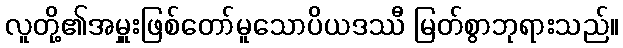
လူတို့၏အမှူးဖြစ်တော်မူသောပိယဒဿီ မြတ်စွာဘုရားသည်။